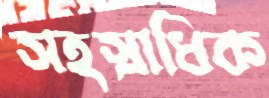
সহস্রাধিক